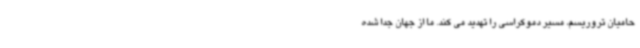
حامیان تروریسم، مسیر دموکراسی را تهدید می کند. ما از جهان جدا شده